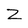
Character: Z